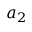
a _ { 2 }